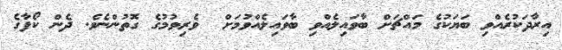
އިރާދަކުރެއްވި ބަޔަކުގެ މައްޗަށް ބާވައިލެއްވި ބާވައިލެއްވުމަށް  ވެރިވުމުގެ ގޮތުންނެވެ. ދެން ކޯފާގެ